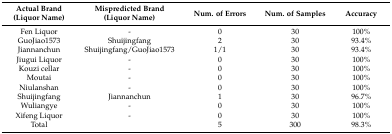
<table><thead><tr><td><b>Actual Brand (Liquor Name)</b></td><td><b>Mispredicted Brand (Liquor Name)</b></td><td><b>Num. of Errors</b></td><td><b>Num. of Samples</b></td><td><b>Accuracy</b></td></tr></thead><tbody><tr><td>Fen Liquor</td><td>-</td><td>0</td><td>30</td><td>100%</td></tr><tr><td>GuoJiao1573</td><td>Shuijingfang</td><td>2</td><td>30</td><td>93.4%</td></tr><tr><td>Jiannanchun</td><td>Shuijingfang/GuoJiao1573</td><td>1/1</td><td>30</td><td>93.4%</td></tr><tr><td>Jiugui Liquor</td><td>-</td><td>0</td><td>30</td><td>100%</td></tr><tr><td>Kouzi cellar</td><td>-</td><td>0</td><td>30</td><td>100%</td></tr><tr><td>Moutai</td><td>-</td><td>0</td><td>30</td><td>100%</td></tr><tr><td>Niulanshan</td><td>-</td><td>0</td><td>30</td><td>100%</td></tr><tr><td>Shuijingfang</td><td>Jiannanchun</td><td>1</td><td>30</td><td>96.7%</td></tr><tr><td>Wuliangye</td><td>-</td><td>0</td><td>30</td><td>100%</td></tr><tr><td>Xifeng Liquor</td><td>-</td><td>0</td><td>30</td><td>100%</td></tr><tr><td>Total</td><td></td><td>5</td><td>300</td><td>98.3%</td></tr></tbody></table>